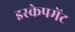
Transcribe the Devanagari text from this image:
इस्केपमेंट